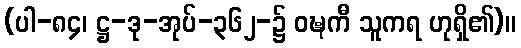
(ပါ-၈၄၊ ဋ္ဌ-ဒု-အုပ်-၃၆၂-၌ ဝဍ္ဎကီ သူကရ ဟုရှိ၏)။